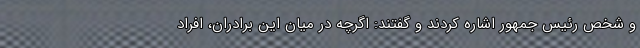
و شخص رئیس جمهور اشاره کردند و گفتند: اگرچه در میان این برادران، افراد